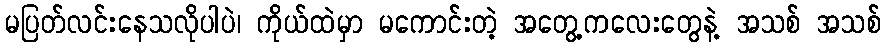
မပြတ်လင်းနေသလိုပါပဲ၊ ကိုယ်ထဲမှာ မကောင်းတဲ့ အတွေ့ကလေးတွေနဲ့ အသစ် အသစ်